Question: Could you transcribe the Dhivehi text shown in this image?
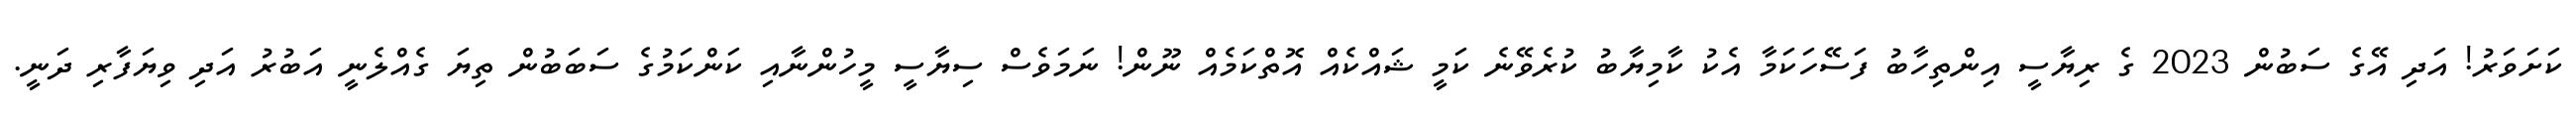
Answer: ކަށަވަރު! އަދި އޭގެ ސަބުން 2023 ގެ ރިޔާސީ އިންތިހާބު ފަސޭހަކަމާ އެކު ކާމިޔާބު ކުރެވޭނެ ކަމީ ޝައްކެއް އޮތްކަމެއް ނޫން! ނަމަވެސް ސިޔާސީ މީހުންނާއި ކަންކަމުގެ ސަބަބުން ތިޔަ ގެއްލެނީ އަބުރު އަދި ވިޔަފާރި ދަނީ.